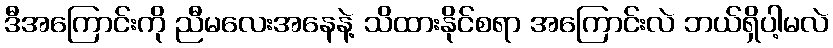
ဒီအကြောင်းကို ညီမလေးအနေနဲ့ သိထားနိုင်စရာ အကြောင်းလဲ ဘယ်ရှိပါ့မလဲ